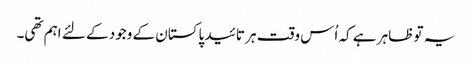
یہ تو ظاہر ہے کہ اُس وقت ہر تائید پاکستان کے وجود کے لئے اہم تھی۔